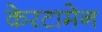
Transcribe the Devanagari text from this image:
केरटामेन